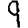
Digit: 9